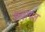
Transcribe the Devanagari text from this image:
करायत